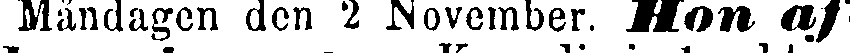
Måndagen den 2 November. Hon af-